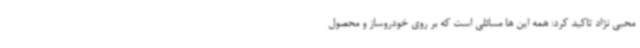
محبی نژاد تاکید کرد: همه این ها مسائلی است که بر روی خودروساز و محصول